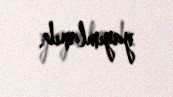
yayımlanıb.